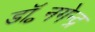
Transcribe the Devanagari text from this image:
डॉ॰नगेन्द्र